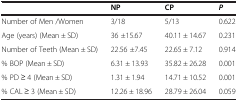
<table><thead><tr><td><b> </b></td><td><b>NP</b></td><td><b>CP</b></td><td><b><i>P</i></b></td></tr></thead><tbody><tr><td>Number of Men /Women</td><td>3/18</td><td>5/13</td><td>0.622</td></tr><tr><td>Age (years) (Mean ± SD)</td><td>36 ±15.67</td><td>40.11 ± 14.67</td><td>0.231</td></tr><tr><td>Number of Teeth (Mean ± SD)</td><td>22.56 ±7.45</td><td>22.65 ± 7.12</td><td>0.914</td></tr><tr><td>% BOP (Mean ± SD)</td><td>6.31 ± 13.93</td><td>35.82 ± 26.28</td><td>0.001</td></tr><tr><td>% PD ≥ 4 (Mean ± SD)</td><td>1.31 ± 1.94</td><td>14.71 ± 10.52</td><td>0.001</td></tr><tr><td>% CAL ≥ 3 (Mean ± SD)</td><td>12.26 ± 18.96</td><td>28.79 ± 26.04</td><td>0.059</td></tr></tbody></table>